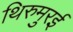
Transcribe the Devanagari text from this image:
थिरुमुरई